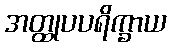
အတ္ထုပပရိက္ခာယ